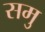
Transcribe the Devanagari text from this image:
समु